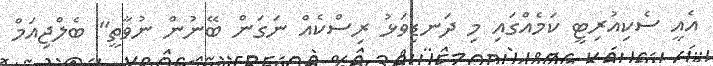
އެއީ ސެކިއުރިޓީ ކަމެއްގައި މި ދަނޑިވަޅު ރިސްކެއް ނަގަން ބޭނުން ނުވާތީ" ބެލްޖިއަމް